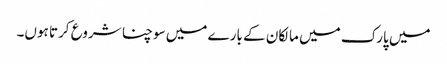
میں پارک میں مالکان کے بارے میں سوچنا شروع کرتا ہوں۔